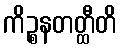
ကိဉ္စနတတ္ထီတိ